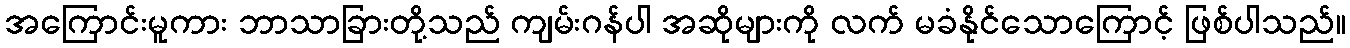
အကြောင်းမူကား ဘာသာခြားတို့သည် ကျမ်းဂန်ပါ အဆိုများကို လက် မခံနိုင်သောကြောင့် ဖြစ်ပါသည်။